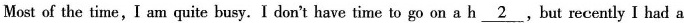
Most of the time,I am quite busy.I don't have time to go on a h\underline{2},but recently I had a